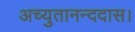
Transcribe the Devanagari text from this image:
अच्युतानन्ददास।